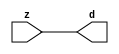

//------> ./rtl_mgc_ioport.v 
//------------------------------------------------------------------
//                M G C _ I O P O R T _ C O M P S
//------------------------------------------------------------------

//------------------------------------------------------------------
//                       M O D U L E S
//------------------------------------------------------------------

//------------------------------------------------------------------
//-- INPUT ENTITIES
//------------------------------------------------------------------

module mgc_in_wire (d, z);

  parameter integer rscid = 1;
  parameter integer width = 8;

  output [width-1:0] d;
  input  [width-1:0] z;

  wire   [width-1:0] d;

  assign d = z;

endmodule

//------------------------------------------------------------------

module mgc_in_wire_en (ld, d, lz, z);

  parameter integer rscid = 1;
  parameter integer width = 8;

  input              ld;
  output [width-1:0] d;
  output             lz;
  input  [width-1:0] z;

  wire   [width-1:0] d;
  wire               lz;

  assign d = z;
  assign lz = ld;

endmodule

//------------------------------------------------------------------

module mgc_in_wire_wait (ld, vd, d, lz, vz, z);

  parameter integer rscid = 1;
  parameter integer width = 8;

  input              ld;
  output             vd;
  output [width-1:0] d;
  output             lz;
  input              vz;
  input  [width-1:0] z;

  wire               vd;
  wire   [width-1:0] d;
  wire               lz;

  assign d = z;
  assign lz = ld;
  assign vd = vz;

endmodule
//------------------------------------------------------------------

module mgc_chan_in (ld, vd, d, lz, vz, z, size, req_size, sizez, sizelz);

  parameter integer rscid = 1;
  parameter integer width = 8;
  parameter integer sz_width = 8;

  input              ld;
  output             vd;
  output [width-1:0] d;
  output             lz;
  input              vz;
  input  [width-1:0] z;
  output [sz_width-1:0] size;
  input              req_size;
  input  [sz_width-1:0] sizez;
  output             sizelz;


  wire               vd;
  wire   [width-1:0] d;
  wire               lz;
  wire   [sz_width-1:0] size;
  wire               sizelz;

  assign d = z;
  assign lz = ld;
  assign vd = vz;
  assign size = sizez;
  assign sizelz = req_size;

endmodule


//------------------------------------------------------------------
//-- OUTPUT ENTITIES
//------------------------------------------------------------------

module mgc_out_stdreg (d, z);

  parameter integer rscid = 1;
  parameter integer width = 8;

  input    [width-1:0] d;
  output   [width-1:0] z;

  wire     [width-1:0] z;

  assign z = d;

endmodule

//------------------------------------------------------------------

module mgc_out_stdreg_en (ld, d, lz, z);

  parameter integer rscid = 1;
  parameter integer width = 8;

  input              ld;
  input  [width-1:0] d;
  output             lz;
  output [width-1:0] z;

  wire               lz;
  wire   [width-1:0] z;

  assign z = d;
  assign lz = ld;

endmodule

//------------------------------------------------------------------

module mgc_out_stdreg_wait (ld, vd, d, lz, vz, z);

  parameter integer rscid = 1;
  parameter integer width = 8;

  input              ld;
  output             vd;
  input  [width-1:0] d;
  output             lz;
  input              vz;
  output [width-1:0] z;

  wire               vd;
  wire               lz;
  wire   [width-1:0] z;

  assign z = d;
  assign lz = ld;
  assign vd = vz;

endmodule

//------------------------------------------------------------------

module mgc_out_prereg_en (ld, d, lz, z);

    parameter integer rscid = 1;
    parameter integer width = 8;

    input              ld;
    input  [width-1:0] d;
    output             lz;
    output [width-1:0] z;

    wire               lz;
    wire   [width-1:0] z;

    assign z = d;
    assign lz = ld;

endmodule

//------------------------------------------------------------------
//-- INOUT ENTITIES
//------------------------------------------------------------------

module mgc_inout_stdreg_en (ldin, din, ldout, dout, lzin, lzout, z);

    parameter integer rscid = 1;
    parameter integer width = 8;

    input              ldin;
    output [width-1:0] din;
    input              ldout;
    input  [width-1:0] dout;
    output             lzin;
    output             lzout;
    inout  [width-1:0] z;

    wire   [width-1:0] din;
    wire               lzin;
    wire               lzout;
    wire   [width-1:0] z;

    assign lzin = ldin;
    assign din = ldin ? z : {width{1'bz}};
    assign lzout = ldout;
    assign z = ldout ? dout : {width{1'bz}};

endmodule

//------------------------------------------------------------------
module hid_tribuf( I_SIG, ENABLE, O_SIG);
  parameter integer width = 8;

  input [width-1:0] I_SIG;
  input ENABLE;
  inout [width-1:0] O_SIG;

  assign O_SIG = (ENABLE) ? I_SIG : { width{1'bz}};

endmodule
//------------------------------------------------------------------

module mgc_inout_stdreg_wait (ldin, vdin, din, ldout, vdout, dout, lzin, vzin, lzout, vzout, z);

    parameter integer rscid = 1;
    parameter integer width = 8;

    input              ldin;
    output             vdin;
    output [width-1:0] din;
    input              ldout;
    output             vdout;
    input  [width-1:0] dout;
    output             lzin;
    input              vzin;
    output             lzout;
    input              vzout;
    inout  [width-1:0] z;

    wire               vdin;
    wire   [width-1:0] din;
    wire               vdout;
    wire               lzin;
    wire               lzout;
    wire   [width-1:0] z;
    wire   ldout_and_vzout;

    assign lzin = ldin;
    assign vdin = vzin;
    assign din = ldin ? z : {width{1'bz}};
    assign lzout = ldout;
    assign vdout = vzout ;
    assign ldout_and_vzout = ldout && vzout ;

    hid_tribuf #(width) tb( .I_SIG(dout),
                            .ENABLE(ldout_and_vzout),
                            .O_SIG(z) );

endmodule

//------------------------------------------------------------------

module mgc_inout_buf_wait (clk, en, arst, srst, ldin, vdin, din, ldout, vdout, dout, lzin, vzin, lzout, vzout, z);

    parameter integer rscid   = 0; // resource ID
    parameter integer width   = 8; // fifo width
    parameter         ph_clk  =  1'b1; // clock polarity 1=rising edge, 0=falling edge
    parameter         ph_en   =  1'b1; // clock enable polarity
    parameter         ph_arst =  1'b1; // async reset polarity
    parameter         ph_srst =  1'b1; // sync reset polarity

    input              clk;
    input              en;
    input              arst;
    input              srst;
    input              ldin;
    output             vdin;
    output [width-1:0] din;
    input              ldout;
    output             vdout;
    input  [width-1:0] dout;
    output             lzin;
    input              vzin;
    output             lzout;
    input              vzout;
    inout  [width-1:0] z;

    wire               lzout_buf;
    wire               vzout_buf;
    wire   [width-1:0] z_buf;
    wire               vdin;
    wire   [width-1:0] din;
    wire               vdout;
    wire               lzin;
    wire               lzout;
    wire   [width-1:0] z;

    assign lzin = ldin;
    assign vdin = vzin;
    assign din = ldin ? z : {width{1'bz}};
    assign lzout = lzout_buf & ~ldin;
    assign vzout_buf = vzout & ~ldin;
    hid_tribuf #(width) tb( .I_SIG(z_buf),
                            .ENABLE((lzout_buf && (!ldin) && vzout) ),
                            .O_SIG(z)  );

    mgc_out_buf_wait
    #(
        .rscid   (rscid),
        .width   (width),
        .ph_clk  (ph_clk),
        .ph_en   (ph_en),
        .ph_arst (ph_arst),
        .ph_srst (ph_srst)
    )
    BUFF
    (
        .clk     (clk),
        .en      (en),
        .arst    (arst),
        .srst    (srst),
        .ld      (ldout),
        .vd      (vdout),
        .d       (dout),
        .lz      (lzout_buf),
        .vz      (vzout_buf),
        .z       (z_buf)
    );


endmodule

module mgc_inout_fifo_wait (clk, en, arst, srst, ldin, vdin, din, ldout, vdout, dout, lzin, vzin, lzout, vzout, z);

    parameter integer rscid   = 0; // resource ID
    parameter integer width   = 8; // fifo width
    parameter integer fifo_sz = 8; // fifo depth
    parameter         ph_clk  = 1'b1;  // clock polarity 1=rising edge, 0=falling edge
    parameter         ph_en   = 1'b1;  // clock enable polarity
    parameter         ph_arst = 1'b1;  // async reset polarity
    parameter         ph_srst = 1'b1;  // sync reset polarity
    parameter integer ph_log2 = 3;     // log2(fifo_sz)
    parameter integer pwropt  = 0;     // pwropt

    input              clk;
    input              en;
    input              arst;
    input              srst;
    input              ldin;
    output             vdin;
    output [width-1:0] din;
    input              ldout;
    output             vdout;
    input  [width-1:0] dout;
    output             lzin;
    input              vzin;
    output             lzout;
    input              vzout;
    inout  [width-1:0] z;

    wire               lzout_buf;
    wire               vzout_buf;
    wire   [width-1:0] z_buf;
    wire               comb;
    wire               vdin;
    wire   [width-1:0] din;
    wire               vdout;
    wire               lzin;
    wire               lzout;
    wire   [width-1:0] z;

    assign lzin = ldin;
    assign vdin = vzin;
    assign din = ldin ? z : {width{1'bz}};
    assign lzout = lzout_buf & ~ldin;
    assign vzout_buf = vzout & ~ldin;
    assign comb = (lzout_buf && (!ldin) && vzout);

    hid_tribuf #(width) tb2( .I_SIG(z_buf), .ENABLE(comb), .O_SIG(z)  );

    mgc_out_fifo_wait
    #(
        .rscid   (rscid),
        .width   (width),
        .fifo_sz (fifo_sz),
        .ph_clk  (ph_clk),
        .ph_en   (ph_en),
        .ph_arst (ph_arst),
        .ph_srst (ph_srst),
        .ph_log2 (ph_log2),
        .pwropt  (pwropt)
    )
    FIFO
    (
        .clk   (clk),
        .en      (en),
        .arst    (arst),
        .srst    (srst),
        .ld      (ldout),
        .vd      (vdout),
        .d       (dout),
        .lz      (lzout_buf),
        .vz      (vzout_buf),
        .z       (z_buf)
    );

endmodule

//------------------------------------------------------------------
//-- I/O SYNCHRONIZATION ENTITIES
//------------------------------------------------------------------

module mgc_io_sync (ld, lz);

    input  ld;
    output lz;

    assign lz = ld;

endmodule

module mgc_bsync_rdy (rd, rz);

    parameter integer rscid   = 0; // resource ID
    parameter ready = 1;
    parameter valid = 0;

    input  rd;
    output rz;

    wire   rz;

    assign rz = rd;

endmodule

module mgc_bsync_vld (vd, vz);

    parameter integer rscid   = 0; // resource ID
    parameter ready = 0;
    parameter valid = 1;

    output vd;
    input  vz;

    wire   vd;

    assign vd = vz;

endmodule

module mgc_bsync_rv (rd, vd, rz, vz);

    parameter integer rscid   = 0; // resource ID
    parameter ready = 1;
    parameter valid = 1;

    input  rd;
    output vd;
    output rz;
    input  vz;

    wire   vd;
    wire   rz;

    assign rz = rd;
    assign vd = vz;

endmodule

//------------------------------------------------------------------

module mgc_sync (ldin, vdin, ldout, vdout);

  input  ldin;
  output vdin;
  input  ldout;
  output vdout;

  wire   vdin;
  wire   vdout;

  assign vdin = ldout;
  assign vdout = ldin;

endmodule

///////////////////////////////////////////////////////////////////////////////
// dummy function used to preserve funccalls for modulario
// it looks like a memory read to the caller
///////////////////////////////////////////////////////////////////////////////
module funccall_inout (d, ad, bd, z, az, bz);

  parameter integer ram_id = 1;
  parameter integer width = 8;
  parameter integer addr_width = 8;

  output [width-1:0]       d;
  input  [addr_width-1:0]  ad;
  input                    bd;
  input  [width-1:0]       z;
  output [addr_width-1:0]  az;
  output                   bz;

  wire   [width-1:0]       d;
  wire   [addr_width-1:0]  az;
  wire                     bz;

  assign d  = z;
  assign az = ad;
  assign bz = bd;

endmodule


///////////////////////////////////////////////////////////////////////////////
// inlinable modular io not otherwise found in mgc_ioport
///////////////////////////////////////////////////////////////////////////////

module modulario_en_in (vd, d, vz, z);

  parameter integer rscid = 1;
  parameter integer width = 8;

  output             vd;
  output [width-1:0] d;
  input              vz;
  input  [width-1:0] z;

  wire   [width-1:0] d;
  wire               vd;

  assign d = z;
  assign vd = vz;

endmodule

//------> ./rtl_mgc_ioport_v2001.v 
//------------------------------------------------------------------

module mgc_out_reg_pos (clk, en, arst, srst, ld, d, lz, z);

    parameter integer rscid   = 1;
    parameter integer width   = 8;
    parameter         ph_en   =  1'b1;
    parameter         ph_arst =  1'b1;
    parameter         ph_srst =  1'b1;

    input              clk;
    input              en;
    input              arst;
    input              srst;
    input              ld;
    input  [width-1:0] d;
    output             lz;
    output [width-1:0] z;

    reg                lz;
    reg    [width-1:0] z;

    generate
    if (ph_arst == 1'b0)
    begin: NEG_ARST
        always @(posedge clk or negedge arst)
        if (arst == 1'b0)
        begin: B1
            lz <= 1'b0;
            z  <= {width{1'b0}};
        end
        else if (srst == ph_srst)
        begin: B2
            lz <= 1'b0;
            z  <= {width{1'b0}};
        end
        else if (en == ph_en)
        begin: B3
            lz <= ld;
            z  <= (ld) ? d : z;
        end
    end
    else
    begin: POS_ARST
        always @(posedge clk or posedge arst)
        if (arst == 1'b1)
        begin: B1
            lz <= 1'b0;
            z  <= {width{1'b0}};
        end
        else if (srst == ph_srst)
        begin: B2
            lz <= 1'b0;
            z  <= {width{1'b0}};
        end
        else if (en == ph_en)
        begin: B3
            lz <= ld;
            z  <= (ld) ? d : z;
        end
    end
    endgenerate

endmodule

//------------------------------------------------------------------

module mgc_out_reg_neg (clk, en, arst, srst, ld, d, lz, z);

    parameter integer rscid   = 1;
    parameter integer width   = 8;
    parameter         ph_en   =  1'b1;
    parameter         ph_arst =  1'b1;
    parameter         ph_srst =  1'b1;

    input              clk;
    input              en;
    input              arst;
    input              srst;
    input              ld;
    input  [width-1:0] d;
    output             lz;
    output [width-1:0] z;

    reg                lz;
    reg    [width-1:0] z;

    generate
    if (ph_arst == 1'b0)
    begin: NEG_ARST
        always @(negedge clk or negedge arst)
        if (arst == 1'b0)
        begin: B1
            lz <= 1'b0;
            z  <= {width{1'b0}};
        end
        else if (srst == ph_srst)
        begin: B2
            lz <= 1'b0;
            z  <= {width{1'b0}};
        end
        else if (en == ph_en)
        begin: B3
            lz <= ld;
            z  <= (ld) ? d : z;
        end
    end
    else
    begin: POS_ARST
        always @(negedge clk or posedge arst)
        if (arst == 1'b1)
        begin: B1
            lz <= 1'b0;
            z  <= {width{1'b0}};
        end
        else if (srst == ph_srst)
        begin: B2
            lz <= 1'b0;
            z  <= {width{1'b0}};
        end
        else if (en == ph_en)
        begin: B3
            lz <= ld;
            z  <= (ld) ? d : z;
        end
    end
    endgenerate

endmodule

//------------------------------------------------------------------

module mgc_out_reg (clk, en, arst, srst, ld, d, lz, z); // Not Supported

    parameter integer rscid   = 1;
    parameter integer width   = 8;
    parameter         ph_clk  =  1'b1;
    parameter         ph_en   =  1'b1;
    parameter         ph_arst =  1'b1;
    parameter         ph_srst =  1'b1;

    input              clk;
    input              en;
    input              arst;
    input              srst;
    input              ld;
    input  [width-1:0] d;
    output             lz;
    output [width-1:0] z;


    generate
    if (ph_clk == 1'b0)
    begin: NEG_EDGE

        mgc_out_reg_neg
        #(
            .rscid   (rscid),
            .width   (width),
            .ph_en   (ph_en),
            .ph_arst (ph_arst),
            .ph_srst (ph_srst)
        )
        mgc_out_reg_neg_inst
        (
            .clk     (clk),
            .en      (en),
            .arst    (arst),
            .srst    (srst),
            .ld      (ld),
            .d       (d),
            .lz      (lz),
            .z       (z)
        );

    end
    else
    begin: POS_EDGE

        mgc_out_reg_pos
        #(
            .rscid   (rscid),
            .width   (width),
            .ph_en   (ph_en),
            .ph_arst (ph_arst),
            .ph_srst (ph_srst)
        )
        mgc_out_reg_pos_inst
        (
            .clk     (clk),
            .en      (en),
            .arst    (arst),
            .srst    (srst),
            .ld      (ld),
            .d       (d),
            .lz      (lz),
            .z       (z)
        );

    end
    endgenerate

endmodule




//------------------------------------------------------------------

module mgc_out_buf_wait (clk, en, arst, srst, ld, vd, d, vz, lz, z); // Not supported

    parameter integer rscid   = 1;
    parameter integer width   = 8;
    parameter         ph_clk  =  1'b1;
    parameter         ph_en   =  1'b1;
    parameter         ph_arst =  1'b1;
    parameter         ph_srst =  1'b1;

    input              clk;
    input              en;
    input              arst;
    input              srst;
    input              ld;
    output             vd;
    input  [width-1:0] d;
    output             lz;
    input              vz;
    output [width-1:0] z;

    wire               filled;
    wire               filled_next;
    wire   [width-1:0] abuf;
    wire               lbuf;


    assign filled_next = (filled & (~vz)) | (filled & ld) | (ld & (~vz));

    assign lbuf = ld & ~(filled ^ vz);

    assign vd = vz | ~filled;

    assign lz = ld | filled;

    assign z = (filled) ? abuf : d;

    wire dummy;
    wire dummy_bufreg_lz;

    // Output registers:
    mgc_out_reg
    #(
        .rscid   (rscid),
        .width   (1'b1),
        .ph_clk  (ph_clk),
        .ph_en   (ph_en),
        .ph_arst (ph_arst),
        .ph_srst (ph_srst)
    )
    STATREG
    (
        .clk     (clk),
        .en      (en),
        .arst    (arst),
        .srst    (srst),
        .ld      (filled_next),
        .d       (1'b0),       // input d is unused
        .lz      (filled),
        .z       (dummy)            // output z is unused
    );

    mgc_out_reg
    #(
        .rscid   (rscid),
        .width   (width),
        .ph_clk  (ph_clk),
        .ph_en   (ph_en),
        .ph_arst (ph_arst),
        .ph_srst (ph_srst)
    )
    BUFREG
    (
        .clk     (clk),
        .en      (en),
        .arst    (arst),
        .srst    (srst),
        .ld      (lbuf),
        .d       (d),
        .lz      (dummy_bufreg_lz),
        .z       (abuf)
    );

endmodule

//------------------------------------------------------------------

module mgc_out_fifo_wait (clk, en, arst, srst, ld, vd, d, lz, vz,  z);

    parameter integer rscid   = 0; // resource ID
    parameter integer width   = 8; // fifo width
    parameter integer fifo_sz = 8; // fifo depth
    parameter         ph_clk  = 1'b1; // clock polarity 1=rising edge, 0=falling edge
    parameter         ph_en   = 1'b1; // clock enable polarity
    parameter         ph_arst = 1'b1; // async reset polarity
    parameter         ph_srst = 1'b1; // sync reset polarity
    parameter integer ph_log2 = 3; // log2(fifo_sz)
    parameter integer pwropt  = 0; // pwropt


    input                 clk;
    input                 en;
    input                 arst;
    input                 srst;
    input                 ld;    // load data
    output                vd;    // fifo full active low
    input     [width-1:0] d;
    output                lz;    // fifo ready to send
    input                 vz;    // dest ready for data
    output    [width-1:0] z;

    wire    [31:0]      size;


      // Output registers:
 mgc_out_fifo_wait_core#(
        .rscid   (rscid),
        .width   (width),
        .sz_width (32),
        .fifo_sz (fifo_sz),
        .ph_clk  (ph_clk),
        .ph_en   (ph_en),
        .ph_arst (ph_arst),
        .ph_srst (ph_srst),
        .ph_log2 (ph_log2),
        .pwropt  (pwropt)
        ) CORE (
        .clk (clk),
        .en (en),
        .arst (arst),
        .srst (srst),
        .ld (ld),
        .vd (vd),
        .d (d),
        .lz (lz),
        .vz (vz),
        .z (z),
        .size (size)
        );

endmodule



module mgc_out_fifo_wait_core (clk, en, arst, srst, ld, vd, d, lz, vz,  z, size);

    parameter integer rscid   = 0; // resource ID
    parameter integer width   = 8; // fifo width
    parameter integer sz_width = 8; // size of port for elements in fifo
    parameter integer fifo_sz = 8; // fifo depth
    parameter         ph_clk  =  1'b1; // clock polarity 1=rising edge, 0=falling edge
    parameter         ph_en   =  1'b1; // clock enable polarity
    parameter         ph_arst =  1'b1; // async reset polarity
    parameter         ph_srst =  1'b1; // sync reset polarity
    parameter integer ph_log2 = 3; // log2(fifo_sz)
    parameter integer pwropt  = 0; // pwropt

   localparam integer  fifo_b = width * fifo_sz;

    input                 clk;
    input                 en;
    input                 arst;
    input                 srst;
    input                 ld;    // load data
    output                vd;    // fifo full active low
    input     [width-1:0] d;
    output                lz;    // fifo ready to send
    input                 vz;    // dest ready for data
    output    [width-1:0] z;
    output    [sz_width-1:0]      size;

    reg      [( (fifo_sz > 0) ? fifo_sz : 1)-1:0] stat_pre;
    wire     [( (fifo_sz > 0) ? fifo_sz : 1)-1:0] stat;
    reg      [( (fifo_b > 0) ? fifo_b : 1)-1:0] buff_pre;
    wire     [( (fifo_b > 0) ? fifo_b : 1)-1:0] buff;
    reg      [( (fifo_sz > 0) ? fifo_sz : 1)-1:0] en_l;
    reg      [(((fifo_sz > 0) ? fifo_sz : 1)-1)/8:0] en_l_s;

    reg       [width-1:0] buff_nxt;

    reg                   stat_nxt;
    reg                   stat_before;
    reg                   stat_after;
    reg                   en_l_var;

    integer               i;
    genvar                eni;

    wire [32:0]           size_t;
    reg [31:0]            count;
    reg [31:0]            count_t;
    reg [32:0]            n_elem;
// pragma translate_off
    reg [31:0]            peak;
// pragma translate_on

    wire [( (fifo_sz > 0) ? fifo_sz : 1)-1:0] dummy_statreg_lz;
    wire [( (fifo_b > 0) ? fifo_b : 1)-1:0] dummy_bufreg_lz;

    generate
    if ( fifo_sz > 0 )
    begin: FIFO_REG
      assign vd = vz | ~stat[0];
      assign lz = ld | stat[fifo_sz-1];
      assign size_t = (count - (vz && stat[fifo_sz-1])) + ld;
      assign size = size_t[sz_width-1:0];
      assign z = (stat[fifo_sz-1]) ? buff[fifo_b-1:width*(fifo_sz-1)] : d;

      always @(*)
      begin: FIFOPROC
        n_elem = 33'b0;
        for (i = fifo_sz-1; i >= 0; i = i - 1)
        begin
          if (i != 0)
            stat_before = stat[i-1];
          else
            stat_before = 1'b0;

          if (i != (fifo_sz-1))
            stat_after = stat[i+1];
          else
            stat_after = 1'b1;

          stat_nxt = stat_after &
                    (stat_before | (stat[i] & (~vz)) | (stat[i] & ld) | (ld & (~vz)));

          stat_pre[i] = stat_nxt;
          en_l_var = 1'b1;
          if (!stat_nxt)
            begin
              buff_nxt = {width{1'b0}};
              en_l_var = 1'b0;
            end
          else if (vz && stat_before)
            buff_nxt[0+:width] = buff[width*(i-1)+:width];
          else if (ld && !((vz && stat_before) || ((!vz) && stat[i])))
            buff_nxt = d;
          else
            begin
              if (pwropt == 0)
                buff_nxt[0+:width] = buff[width*i+:width];
              else
                buff_nxt = {width{1'b0}};
              en_l_var = 1'b0;
            end

          if (ph_en != 0)
            en_l[i] = en & en_l_var;
          else
            en_l[i] = en | ~en_l_var;

          buff_pre[width*i+:width] = buff_nxt[0+:width];

          if ((stat_after == 1'b1) && (stat[i] == 1'b0))
            n_elem = ($unsigned(fifo_sz) - 1) - i;
        end

        if (ph_en != 0)
          en_l_s[(((fifo_sz > 0) ? fifo_sz : 1)-1)/8] = 1'b1;
        else
          en_l_s[(((fifo_sz > 0) ? fifo_sz : 1)-1)/8] = 1'b0;

        for (i = fifo_sz-1; i >= 7; i = i - 1)
        begin
          if ((i%'d2) == 0)
          begin
            if (ph_en != 0)
              en_l_s[(i/8)-1] = en & (stat[i]|stat_pre[i-1]);
            else
              en_l_s[(i/8)-1] = en | ~(stat[i]|stat_pre[i-1]);
          end
        end

        if ( stat[fifo_sz-1] == 1'b0 )
          count_t = 32'b0;
        else if ( stat[0] == 1'b1 )
          count_t = { {(32-ph_log2){1'b0}}, fifo_sz};
        else
          count_t = n_elem[31:0];
        count = count_t;
// pragma translate_off
        if ( peak < count )
          peak = count;
// pragma translate_on
      end

      if (pwropt == 0)
      begin: NOCGFIFO
        // Output registers:
        mgc_out_reg
        #(
            .rscid   (rscid),
            .width   (fifo_sz),
            .ph_clk  (ph_clk),
            .ph_en   (ph_en),
            .ph_arst (ph_arst),
            .ph_srst (ph_srst)
        )
        STATREG
        (
            .clk     (clk),
            .en      (en),
            .arst    (arst),
            .srst    (srst),
            .ld      (1'b1),
            .d       (stat_pre),
            .lz      (dummy_statreg_lz[0]),
            .z       (stat)
        );
        mgc_out_reg
        #(
            .rscid   (rscid),
            .width   (fifo_b),
            .ph_clk  (ph_clk),
            .ph_en   (ph_en),
            .ph_arst (ph_arst),
            .ph_srst (ph_srst)
        )
        BUFREG
        (
            .clk     (clk),
            .en      (en),
            .arst    (arst),
            .srst    (srst),
            .ld      (1'b1),
            .d       (buff_pre),
            .lz      (dummy_bufreg_lz[0]),
            .z       (buff)
        );
      end
      else
      begin: CGFIFO
        // Output registers:
        if ( pwropt > 1)
        begin: CGSTATFIFO2
          for (eni = fifo_sz-1; eni >= 0; eni = eni - 1)
          begin: pwroptGEN1
            mgc_out_reg
            #(
              .rscid   (rscid),
              .width   (1),
              .ph_clk  (ph_clk),
              .ph_en   (ph_en),
              .ph_arst (ph_arst),
              .ph_srst (ph_srst)
            )
            STATREG
            (
              .clk     (clk),
              .en      (en_l_s[eni/8]),
              .arst    (arst),
              .srst    (srst),
              .ld      (1'b1),
              .d       (stat_pre[eni]),
              .lz      (dummy_statreg_lz[eni]),
              .z       (stat[eni])
            );
          end
        end
        else
        begin: CGSTATFIFO
          mgc_out_reg
          #(
            .rscid   (rscid),
            .width   (fifo_sz),
            .ph_clk  (ph_clk),
            .ph_en   (ph_en),
            .ph_arst (ph_arst),
            .ph_srst (ph_srst)
          )
          STATREG
          (
            .clk     (clk),
            .en      (en),
            .arst    (arst),
            .srst    (srst),
            .ld      (1'b1),
            .d       (stat_pre),
            .lz      (dummy_statreg_lz[0]),
            .z       (stat)
          );
        end
        for (eni = fifo_sz-1; eni >= 0; eni = eni - 1)
        begin: pwroptGEN2
          mgc_out_reg
          #(
            .rscid   (rscid),
            .width   (width),
            .ph_clk  (ph_clk),
            .ph_en   (ph_en),
            .ph_arst (ph_arst),
            .ph_srst (ph_srst)
          )
          BUFREG
          (
            .clk     (clk),
            .en      (en_l[eni]),
            .arst    (arst),
            .srst    (srst),
            .ld      (1'b1),
            .d       (buff_pre[width*eni+:width]),
            .lz      (dummy_bufreg_lz[eni]),
            .z       (buff[width*eni+:width])
          );
        end
      end
    end
    else
    begin: FEED_THRU
      assign vd = vz;
      assign lz = ld;
      assign z = d;
      assign size = ld && !vz;
    end
    endgenerate

endmodule

//------------------------------------------------------------------
//-- PIPE ENTITIES
//------------------------------------------------------------------
/*
 *
 *             _______________________________________________
 * WRITER    |                                               |          READER
 *           |           MGC_PIPE                            |
 *           |           __________________________          |
 *        --<| vdout  --<| vd ---------------  vz<|-----ldin<|---
 *           |           |      FIFO              |          |
 *        ---|>ldout  ---|>ld ---------------- lz |> ---vdin |>--
 *        ---|>dout -----|>d  ---------------- dz |> ----din |>--
 *           |           |________________________|          |
 *           |_______________________________________________|
 */
// two clock pipe
module mgc_pipe (clk, en, arst, srst, ldin, vdin, din, ldout, vdout, dout, size, req_size);

    parameter integer rscid   = 0; // resource ID
    parameter integer width   = 8; // fifo width
    parameter integer sz_width = 8; // width of size of elements in fifo
    parameter integer fifo_sz = 8; // fifo depth
    parameter integer log2_sz = 3; // log2(fifo_sz)
    parameter         ph_clk  = 1'b1;  // clock polarity 1=rising edge, 0=falling edge
    parameter         ph_en   = 1'b1;  // clock enable polarity
    parameter         ph_arst = 1'b1;  // async reset polarity
    parameter         ph_srst = 1'b1;  // sync reset polarity
    parameter integer pwropt  = 0; // pwropt

    input              clk;
    input              en;
    input              arst;
    input              srst;
    input              ldin;
    output             vdin;
    output [width-1:0] din;
    input              ldout;
    output             vdout;
    input  [width-1:0] dout;
    output [sz_width-1:0]      size;
    input              req_size;


    mgc_out_fifo_wait_core
    #(
        .rscid    (rscid),
        .width    (width),
        .sz_width (sz_width),
        .fifo_sz  (fifo_sz),
        .ph_clk   (ph_clk),
        .ph_en    (ph_en),
        .ph_arst  (ph_arst),
        .ph_srst  (ph_srst),
        .ph_log2  (log2_sz),
        .pwropt   (pwropt)
    )
    FIFO
    (
        .clk     (clk),
        .en      (en),
        .arst    (arst),
        .srst    (srst),
        .ld      (ldout),
        .vd      (vdout),
        .d       (dout),
        .lz      (vdin),
        .vz      (ldin),
        .z       (din),
        .size    (size)
    );

endmodule


//------> ./rtl.v 
// ----------------------------------------------------------------------
//  HLS HDL:        Verilog Netlister
//  HLS Version:    2011a.126 Production Release
//  HLS Date:       Wed Aug  8 00:52:07 PDT 2012
// 
//  Generated by:   jb914@EEWS104A-020
//  Generated date: Mon May 11 13:43:38 2015
// ----------------------------------------------------------------------

// 
// ------------------------------------------------------------------
//  Design Unit:    absmax_core_fsm
//  FSM Module
// ------------------------------------------------------------------


module absmax_core_fsm (
  clk, en, arst_n, fsm_output
);
  input clk;
  input en;
  input arst_n;
  output [1:0] fsm_output;
  reg [1:0] fsm_output;


  // FSM State Type Declaration for absmax_core_fsm_1
  parameter
    st_main = 1'd0,
    st_main_1 = 1'd1,
    state_x = 1'b0;

  reg [0:0] state_var;
  reg [0:0] state_var_NS;


  // Interconnect Declarations for Component Instantiations 
  always @(*)
  begin : absmax_core_fsm_1
    case (state_var)
      st_main : begin
        fsm_output = 2'b1;
        state_var_NS = st_main_1;
      end
      st_main_1 : begin
        fsm_output = 2'b10;
        state_var_NS = st_main;
      end
      default : begin
        fsm_output = 2'b00;
        state_var_NS = st_main;
      end
    endcase
  end

  always @(posedge clk or negedge arst_n) begin
    if ( ~ arst_n ) begin
      state_var <= st_main;
    end
    else if ( en ) begin
      state_var <= state_var_NS;
    end
  end

endmodule

// ------------------------------------------------------------------
//  Design Unit:    absmax_core
// ------------------------------------------------------------------


module absmax_core (
  clk, en, arst_n, x_rsc_mgc_in_wire_d, absmax_return_rsc_mgc_out_stdreg_d
);
  input clk;
  input en;
  input arst_n;
  input [15:0] x_rsc_mgc_in_wire_d;
  output [15:0] absmax_return_rsc_mgc_out_stdreg_d;
  reg [15:0] absmax_return_rsc_mgc_out_stdreg_d;


  // Interconnect Declarations
  wire [1:0] fsm_output;
  wire [16:0] else_acc_itm;
  wire [17:0] nl_else_acc_itm;
  wire [6:0] if_acc_itm;
  wire [7:0] nl_if_acc_itm;


  // Interconnect Declarations for Component Instantiations 
  absmax_core_fsm absmax_core_fsm_inst (
      .clk(clk),
      .en(en),
      .arst_n(arst_n),
      .fsm_output(fsm_output)
    );
  assign nl_else_acc_itm = conv_s2s_16_17(~ x_rsc_mgc_in_wire_d) + 17'b1;
  assign else_acc_itm = nl_else_acc_itm[16:0];
  assign nl_if_acc_itm = conv_s2u_6_7(~ (x_rsc_mgc_in_wire_d[15:10])) + 7'b1;
  assign if_acc_itm = nl_if_acc_itm[6:0];
  always @(posedge clk or negedge arst_n) begin
    if ( ~ arst_n ) begin
      absmax_return_rsc_mgc_out_stdreg_d <= 16'b0;
    end
    else begin
      if ( en ) begin
        absmax_return_rsc_mgc_out_stdreg_d <= MUX1HOT_v_16_4_2({absmax_return_rsc_mgc_out_stdreg_d
            , ((~ x_rsc_mgc_in_wire_d) + 16'b1) , ({6'b0 , (x_rsc_mgc_in_wire_d[9:0])})
            , 16'b1111111111}, {(~ (fsm_output[0])) , ((~((else_acc_itm[16]) | (if_acc_itm[6])))
            & (fsm_output[0])) , ((else_acc_itm[16]) & (~ (if_acc_itm[6])) & (fsm_output[0]))
            , ((if_acc_itm[6]) & (fsm_output[0]))});
      end
    end
  end

  function [15:0] MUX1HOT_v_16_4_2;
    input [63:0] inputs;
    input [3:0] sel;
    reg [15:0] result;
    integer i;
  begin
    result = inputs[0+:16] & {16{sel[0]}};
    for( i = 1; i < 4; i = i + 1 )
      result = result | (inputs[i*16+:16] & {16{sel[i]}});
    MUX1HOT_v_16_4_2 = result;
  end
  endfunction


  function signed [16:0] conv_s2s_16_17 ;
    input signed [15:0]  vector ;
  begin
    conv_s2s_16_17 = {vector[15], vector};
  end
  endfunction


  function  [6:0] conv_s2u_6_7 ;
    input signed [5:0]  vector ;
  begin
    conv_s2u_6_7 = {vector[5], vector};
  end
  endfunction

endmodule

// ------------------------------------------------------------------
//  Design Unit:    absmax
//  Generated from file(s):
//   57) $PROJECT_HOME/../motionblur/motionblur1.c
//    7) $MGC_HOME/shared/include/ac_int.h
// ------------------------------------------------------------------


module absmax (
  x_rsc_z, absmax_return_rsc_z, clk, en, arst_n
);
  input [15:0] x_rsc_z;
  output [15:0] absmax_return_rsc_z;
  input clk;
  input en;
  input arst_n;


  // Interconnect Declarations
  wire [15:0] x_rsc_mgc_in_wire_d;
  wire [15:0] absmax_return_rsc_mgc_out_stdreg_d;


  // Interconnect Declarations for Component Instantiations 
  mgc_in_wire #(.rscid(1),
  .width(16)) x_rsc_mgc_in_wire (
      .d(x_rsc_mgc_in_wire_d),
      .z(x_rsc_z)
    );
  mgc_out_stdreg #(.rscid(2),
  .width(16)) absmax_return_rsc_mgc_out_stdreg (
      .d(absmax_return_rsc_mgc_out_stdreg_d),
      .z(absmax_return_rsc_z)
    );
  absmax_core absmax_core_inst (
      .clk(clk),
      .en(en),
      .arst_n(arst_n),
      .x_rsc_mgc_in_wire_d(x_rsc_mgc_in_wire_d),
      .absmax_return_rsc_mgc_out_stdreg_d(absmax_return_rsc_mgc_out_stdreg_d)
    );
endmodule